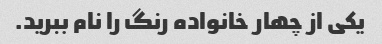
یکی از چهار خانواده رنگ را نام ببرید.